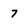
Character: 7